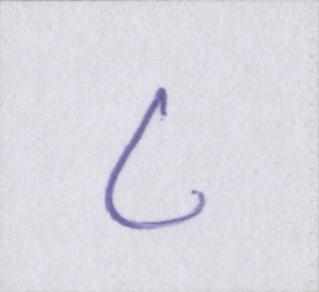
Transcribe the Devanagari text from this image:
८